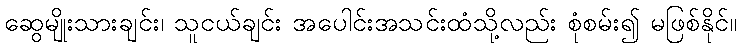
ဆွေမျိုးသားချင်း၊ သူငယ်ချင်း အပေါင်းအသင်းထံသို့လည်း စုံစမ်း၍ မဖြစ်နိုင်။